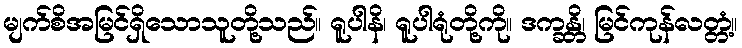
မျက်စိအမြင်ရှိသောသူတို့သည်။ ရူပါနိ၊ ရူပါရုံတို့ကို။ ဒက္ခန္တိ၊ မြင်ကုန်လတ္တံ့။